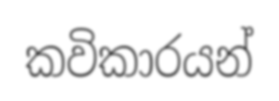
කවිකාරයන්